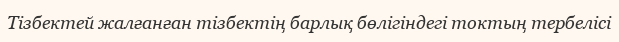
Тізбектей жалғанған тізбектің барлық бөлігіндегі токтың тербелісі